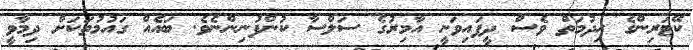
ކޭޓަރިންގެ ހިދުމަތް ވެސް ދީފައިވަނީ އާމިރުގެ ސަލްސާ ކުންފުނިންނެވެ. ބައެއް ގައުމުތަކަށް ދިމާވީ